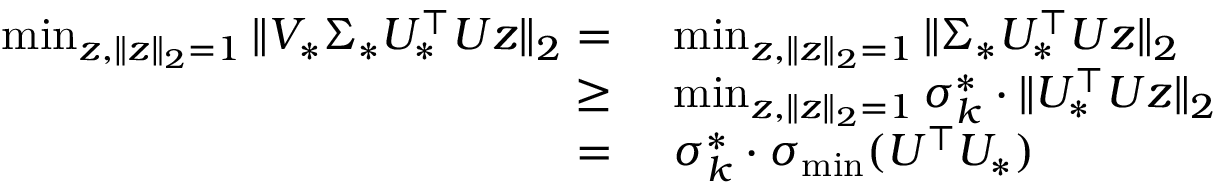
\begin{array} { r l } { \operatorname* { m i n } _ { z , \| z \| _ { 2 } = 1 } \| V _ { * } \Sigma _ { * } U _ { * } ^ { \top } U z \| _ { 2 } = } & { ~ \operatorname* { m i n } _ { z , \| z \| _ { 2 } = 1 } \| \Sigma _ { * } U _ { * } ^ { \top } U z \| _ { 2 } } \\ { \geq } & { ~ \operatorname* { m i n } _ { z , \| z \| _ { 2 } = 1 } \sigma _ { k } ^ { * } \cdot \| U _ { * } ^ { \top } U z \| _ { 2 } } \\ { = } & { ~ \sigma _ { k } ^ { * } \cdot \sigma _ { \operatorname* { m i n } } ( U ^ { \top } U _ { * } ) } \end{array}